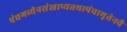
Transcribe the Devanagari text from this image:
पंचगव्येनसंस्नाप्यतथापंचामृतेनवै